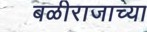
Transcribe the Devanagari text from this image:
बळीराजाच्या